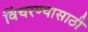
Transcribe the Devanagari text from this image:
विंचरण्यासाठी